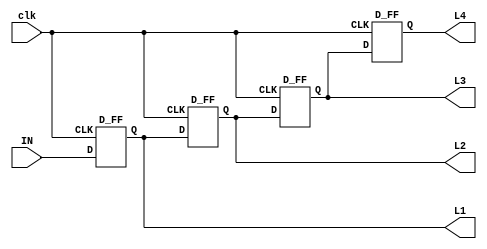
`timescale 1ns / 1ps

module shift_register(L1,L2,L3,L4,clk,IN);
input IN,clk;
output L1,L2,L3,L4;

D_FF d1(L1,IN,clk);
D_FF d2(L2,L1,clk);
D_FF d3(L3,L2,clk);
D_FF d4(L4,L3,clk);

endmodule


module D_FF(Q,D,CLK);
input D,CLK;
output Q;
reg Q,NQ;
initial begin
Q=0;
NQ=0;
end
always @(posedge CLK)begin
Q<=D;
NQ<=~D;
end
endmodule